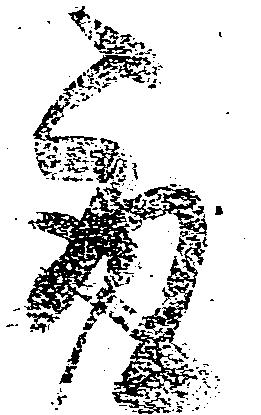
取